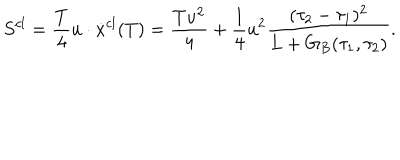
S ^ { c l } = { \frac { T } { 4 } } u \cdot \dot { x } ^ { c l } ( T ) = \frac { T u ^ { 2 } } { 4 } + { \frac { 1 } { 4 } } u ^ { 2 } \frac { ( \tau _ { 2 } - \tau _ { 1 } ) ^ { 2 } } { L + G _ { B } ( \tau _ { 1 } , \tau _ { 2 } ) } .